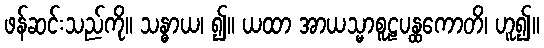
ဖန်ဆင်းသည်ကို။ သန္ဓာယ၊ ၍။ ယထာ အာယသ္မာစူဠပန္ထကောတိ၊ ဟူ၍။